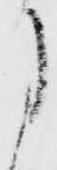
に